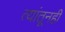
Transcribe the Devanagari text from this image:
त्यांतूनही